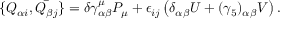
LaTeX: \{ Q _ { \alpha i } , \bar { Q _ { \beta j } } \} = \delta \gamma _ { \alpha \beta } ^ { \mu } P _ { \mu } + \epsilon _ { i j } \left( \delta _ { \alpha \beta } U + ( \gamma _ { 5 } ) _ { \alpha \beta } V \right) .